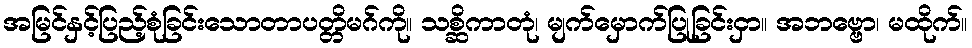
အမြင်နှင့်ပြည့်စုံခြင်းသောတာပတ္တိမဂ်ကို။ သစ္ဆိကာတုံ၊ မျက်မှောက်ပြုခြင်းငှာ။ အဘဗ္ဗော၊ မထိုက်။